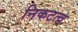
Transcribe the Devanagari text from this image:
निकटत्व